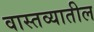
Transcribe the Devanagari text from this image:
वास्तव्यातील